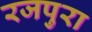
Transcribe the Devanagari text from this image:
रजपुरा